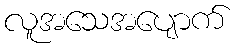
လူအသေအပျောက်